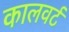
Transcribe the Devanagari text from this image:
कालवर्ट